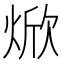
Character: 焮